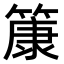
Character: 𫂞